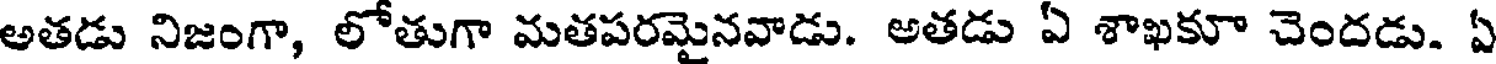
అతడు నిజంగా, లోతుగా మతపరమైనవాడు. అతడు ఏ శాఖకూ చెందడు. ఏ